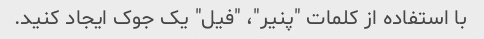
با استفاده از کلمات "پنیر"، "فیل" یک جوک ایجاد کنید.